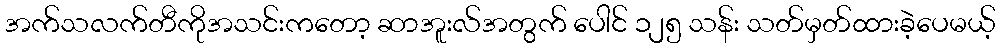
အက်သလက်တီကိုအသင်းကတော့ ဆာအူးလ်အတွက် ပေါင် ၁၂၅ သန်း သတ်မှတ်ထားခဲ့ပေမယ့်